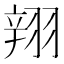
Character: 𲅆